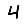
Digit: 4